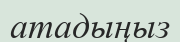
атадыңыз